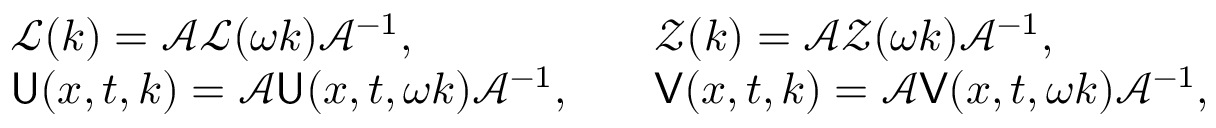
\begin{array} { r l r l } & { \mathcal { L } ( k ) = \mathcal { A } \mathcal { L } ( \omega k ) \mathcal { A } ^ { - 1 } , } & & { \mathcal { Z } ( k ) = \mathcal { A } \mathcal { Z } ( \omega k ) \mathcal { A } ^ { - 1 } , } \\ & { \mathsf { U } ( x , t , k ) = \mathcal { A } \mathsf { U } ( x , t , \omega k ) \mathcal { A } ^ { - 1 } , } & & { \mathsf { V } ( x , t , k ) = \mathcal { A } \mathsf { V } ( x , t , \omega k ) \mathcal { A } ^ { - 1 } , } \end{array}